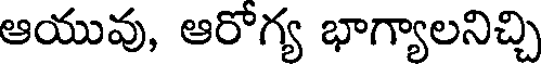
ఆయువు, ఆరోగ్య భాగ్యాలనిచ్చి